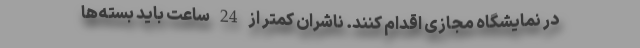
در نمایشگاه مجازی اقدام کنند. ناشران کمتر از 24 ساعت باید بسته‌ها